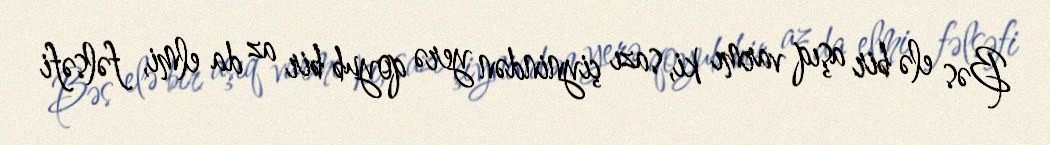
Bəs elə bir aşıq varmı ki, sazı çiynindən yerə qoyub bir az da elmi, fəlsəfi